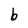
Character: b